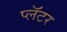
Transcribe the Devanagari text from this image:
प्लॅटर